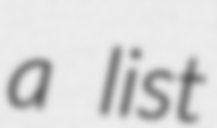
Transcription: a list